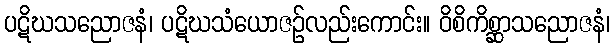
ပဋိဃသညောဇနံ၊ ပဋိဃသံယောဇဉ်လည်းကောင်း။ ဝိစိကိစ္ဆာသညောဇနံ၊